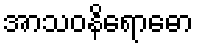
အာသဝနိရောဓော